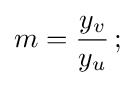
m={\frac {y_{v}}{y_{u}}}\,;